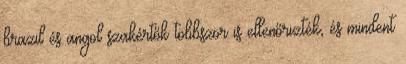
brazil és angol szakértők többször is ellenőrizték, és mindent